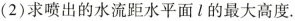
(2)求喷出的水流距水平面面l的最大高度.